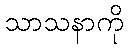
သာသနာကို